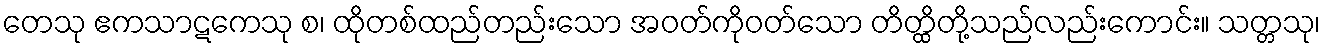
တေသု ဧကသာဋကေသု စ၊ ထိုတစ်ထည်တည်းသော အဝတ်ကိုဝတ်သော တိတ္ထိတို့သည်လည်းကောင်း။ သတ္တသု၊